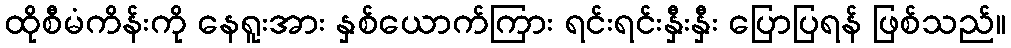
ထိုစီမံကိန်းကို နေရူးအား နှစ်ယောက်ကြား ရင်းရင်းနှီးနှီး ပြောပြရန် ဖြစ်သည်။